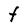
Character: t